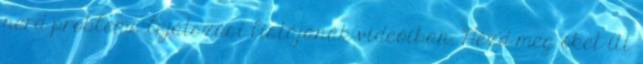
nerd problems lejátszási listájának videóiban. Nézd meg őket itt